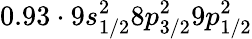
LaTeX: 0.93\cdot 9s_{1/2}^{2}8p_{3/2}^{2}9p_{1/2}^{2}